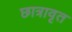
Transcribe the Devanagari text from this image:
छात्रावृत